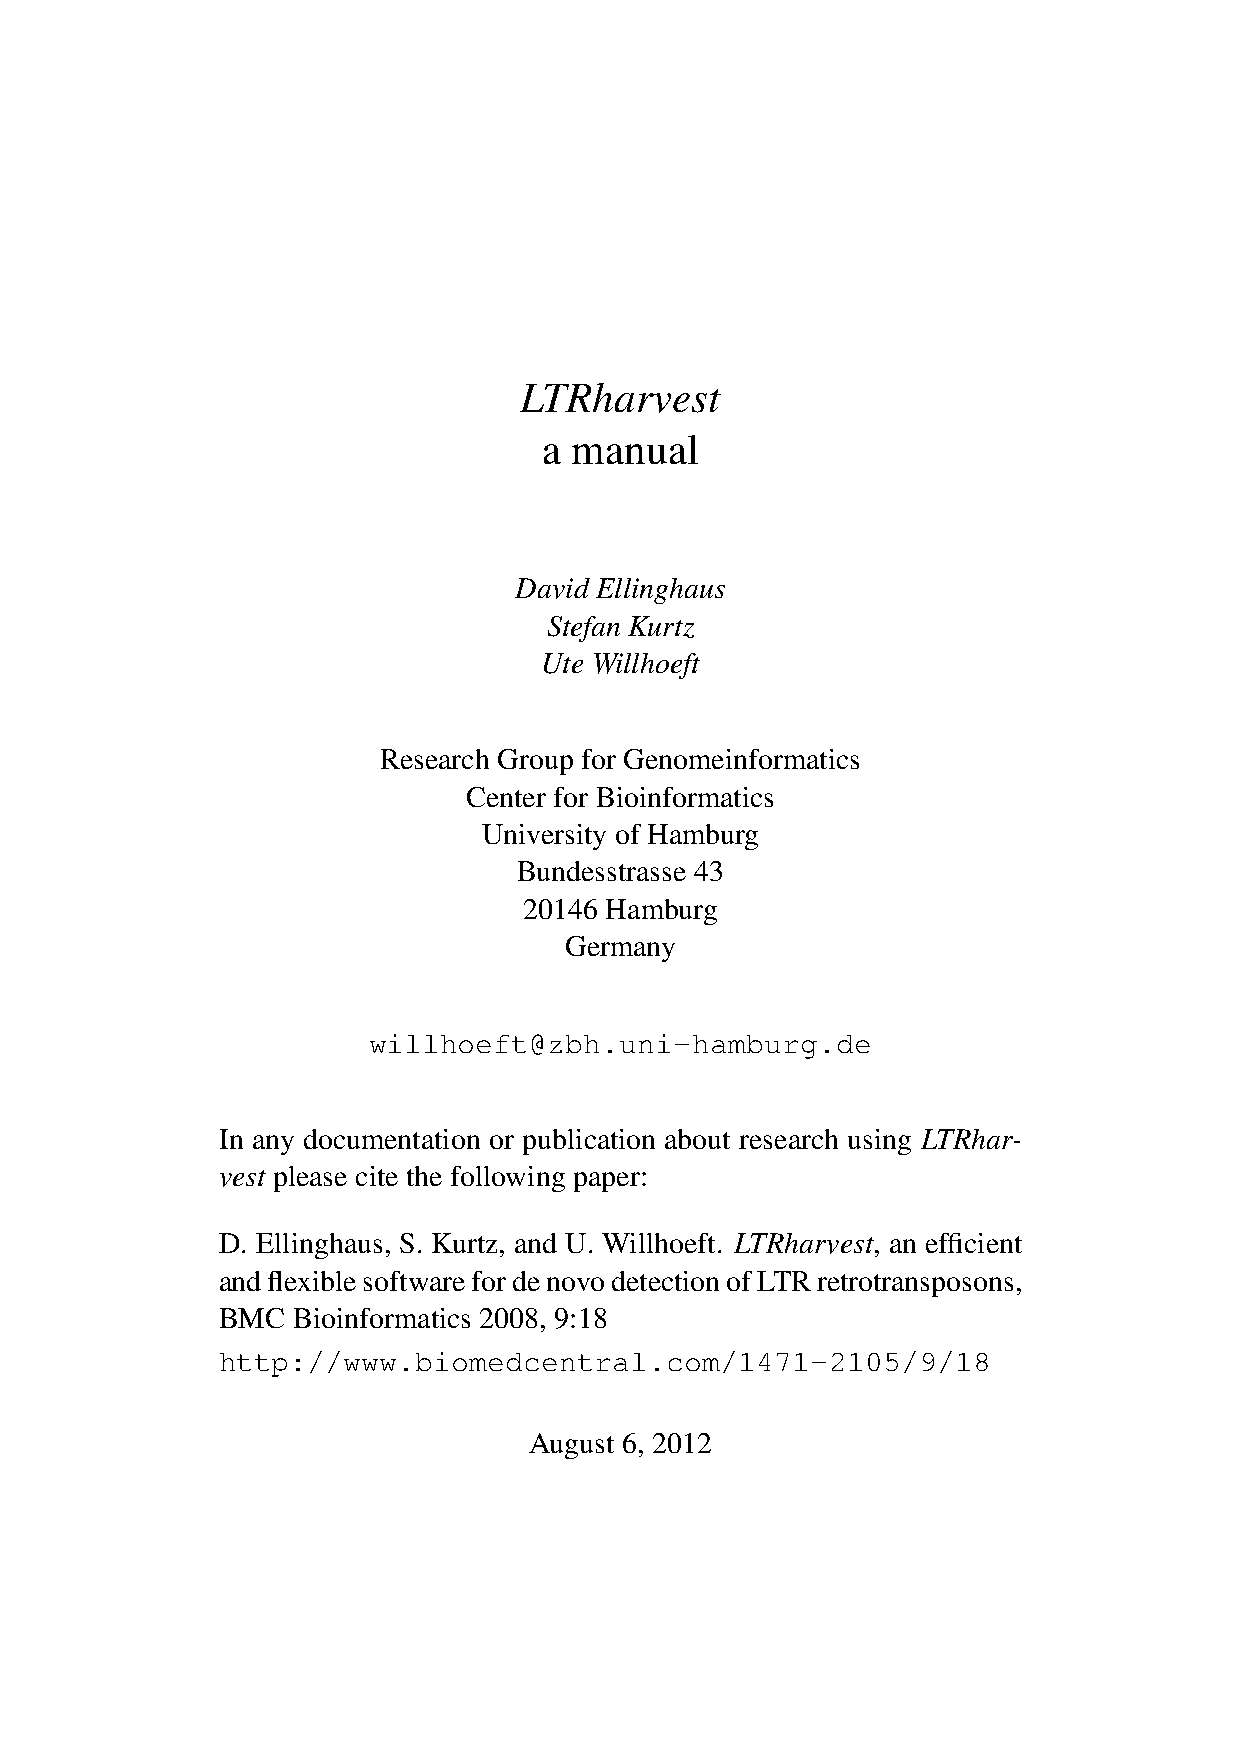
LTRharvest
 a manual
 David Ellinghaus
 Stefan Kurtz
 Ute Willhoeft
 Research Group for Genomeinformatics
 Center for Bioinformatics
 University of Hamburg
 Bundesstrasse 43
 20146 Hamburg
 Germany
 willhoeft@zbh.uni-hamburg.de
 In any documentation or publication about research using LTRhar-
 vest please cite the following paper:
 D. Ellinghaus, S. Kurtz, and U. Willhoeft. LTRharvest, an efficient
 andflexiblesoftwarefordenovodetectionofLTRretrotransposons,
 BMC  Bioinformatics 2008, 9:18
 http://www.biomedcentral.com/1471-2105/9/18
 August 6, 2012